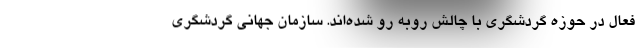
فعال در حوزه گردشگری با چالش روبه رو شده‌اند. سازمان جهانی گردشگری